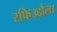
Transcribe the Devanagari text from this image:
रफिउद्दौला